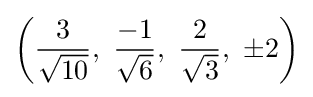
\left({\frac {3}{\sqrt {10}}},\ {\frac {-1}{\sqrt {6}}},\ {\frac {2}{\sqrt {3}}},\ \pm 2\right)